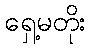
ရှေ့မတိုး